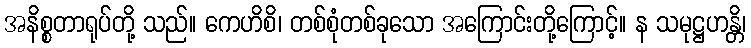
အနိစ္စတာရုပ်တို့ သည်။ ကေဟိစိ၊ တစ်စုံတစ်ခုသော အကြောင်းတို့ကြောင့်။ န သမုဋ္ဌဟန္တိ၊